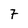
Character: 7